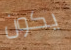
يكون